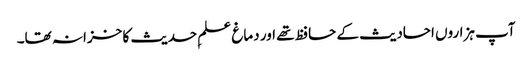
آپ ہزاروں احادیث کے حافظ تھے اور دماغ علمِ حدیث کا خزانہ تھا۔